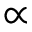
\propto